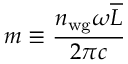
m \equiv \frac { n _ { \mathrm { w g } } \omega \overline { { L } } } { 2 \pi c }